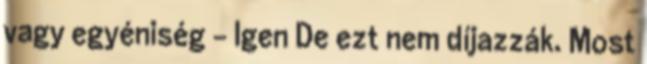
vagy egyéniség - Igen De ezt nem díjazzák. Most